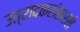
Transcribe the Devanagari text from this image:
उत्रादकरांसारखे